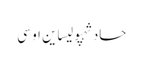
حادثہپولیساین او سی